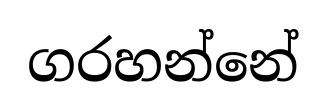
ගරහන්නේ